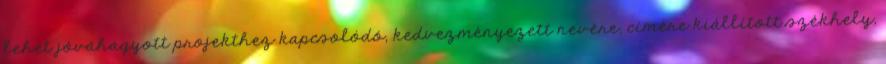
lehet jóváhagyott projekthez kapcsolódó, kedvezményezett nevére, címére kiállított székhely,